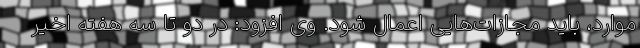
موارد، باید مجازات‌هایی اعمال شود. وی افزود: در دو تا سه هفته اخیر